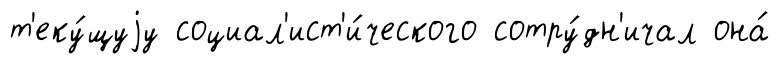
т'еку́щуjу социал'ист'и́ческого сотру́дн'ичал она́